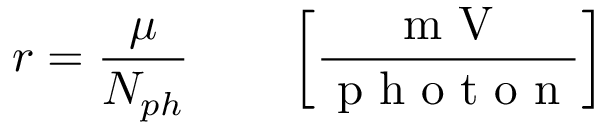
r = \frac { \mu } { N _ { p h } } \qquad \left[ \frac { \mathrm { ~ m ~ V ~ } } { \mathrm { ~ p ~ h ~ o ~ t ~ o ~ n ~ } } \right]